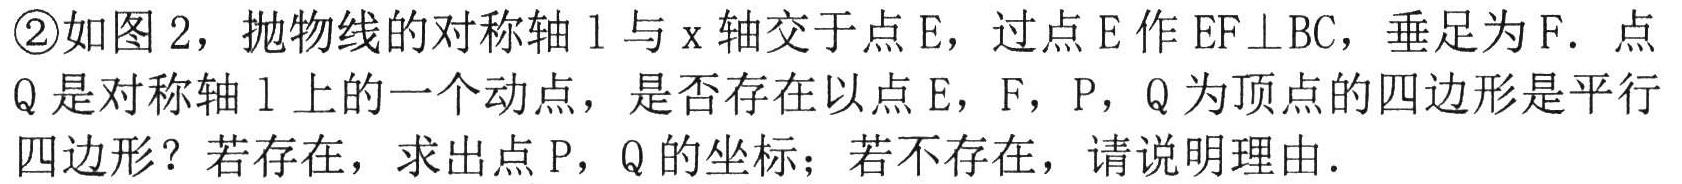
\textcircled{2}如图2，抛物线的对称轴\(l\)与\(x\)轴交于点\(E\)，过点\(E\)作\(EF\perp BC\)，垂足为\(F\)．点\(Q\)是对称轴\(l\)上的一个动点，是否存在以点\(E\)，\(F\)，\(P\)，\(Q\)为顶点的四边形是平行四边形？若存在，求出点\(P\)，\(Q\)的坐标；若不存在，请说明理由．